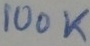
Text: 100K